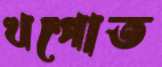
খপোত